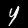
Label: 4